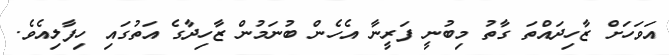
އަވަހަށް ޒާހިދައްތަ ގާތު މިބުނީ ފަރީނާ އެހެން ބުނަމުން ޒާހިދާގެ އަތުގައި ހިފާލިއެވެ.